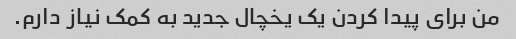
من برای پیدا کردن یک یخچال جدید به کمک نیاز دارم.